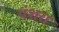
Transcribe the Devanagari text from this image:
पंशरा